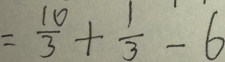
= \frac { 1 0 } { 3 } + \frac { 1 } { 3 } - 6